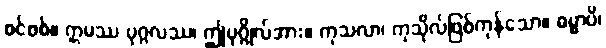
စင်စစ်။ ဣမဿ ပုဂ္ဂလဿ၊ ဤပုဂ္ဂိုလ်အား။ ကုသလာ၊ ကုသိုလ်ဖြစ်ကုန်သော။ ဓမ္မာပိ၊